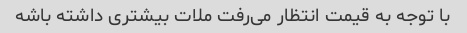
با توجه به قیمت انتظار می‌رفت ملات بیشتری داشته باشه